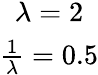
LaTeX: \begin{array}{c}{\lambda=2}\\ {\frac{1}{\lambda}=0.5}\end{array}